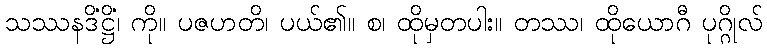
သဿနဒိံဋ္ဌိံ၊ ကို။ ပဇဟတိ၊ ပယ်၏။ စ၊ ထိုမှတပါး။ တဿ၊ ထိုယောဂီ ပုဂ္ဂိုလ်